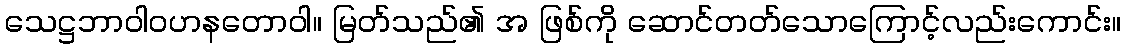
သေဋ္ဌဘာဝါဝဟနတောဝါ။ မြတ်သည်၏ အ ဖြစ်ကို ဆောင်တတ်သောကြောင့်လည်းကောင်း။